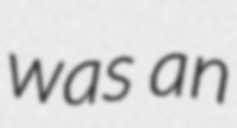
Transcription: was an